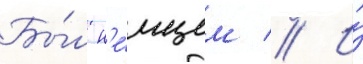
Бы́л н'е́мцем // И́